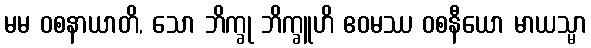
မမ ဝစနာယာတိ, သော ဘိက္ခု ဘိက္ခူဟိ ဧဝမဿ ဝစနီယော မာယသ္မာ